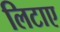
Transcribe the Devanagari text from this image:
लिटाए